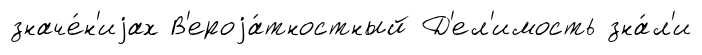
значе́н'иjах В'ероjа́тностный Д'ел'имость зна́л'и